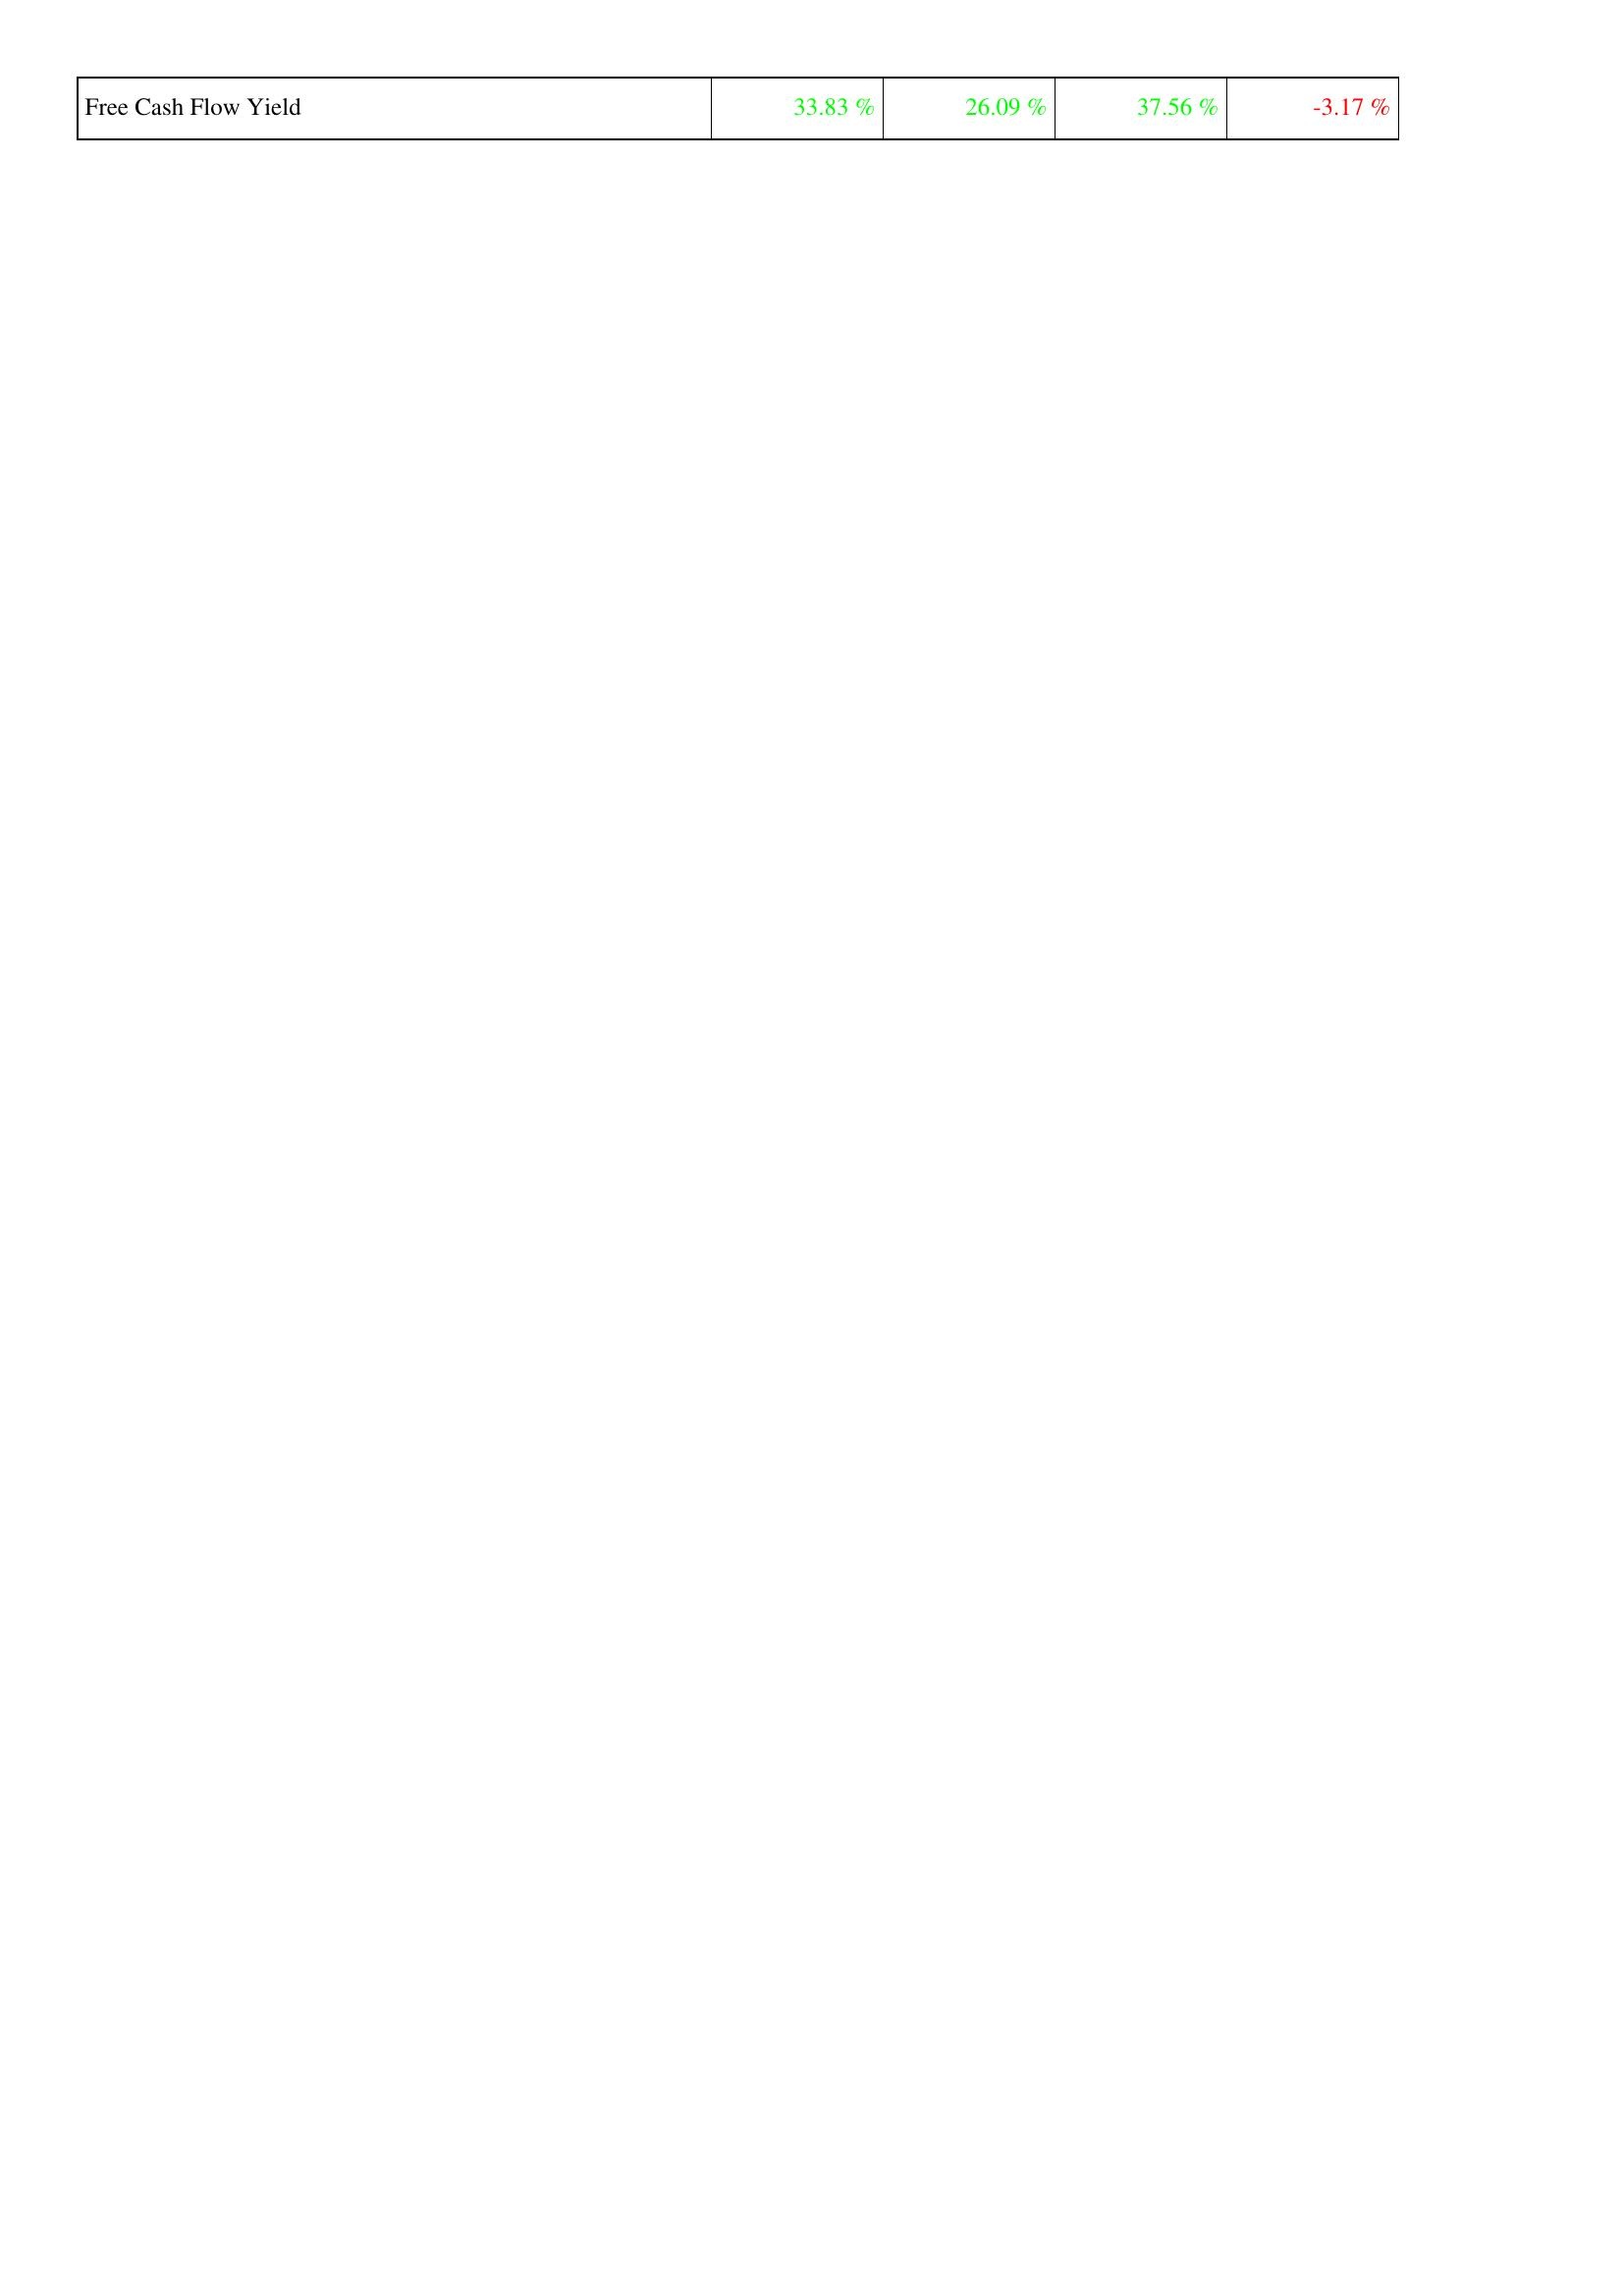
2016: Financing Activities: Free Cash Flow Yield: 33.83 %
2015: Financing Activities: Free Cash Flow Yield: 26.09 %
2014: Financing Activities: Free Cash Flow Yield: 37.56 %
2013: Financing Activities: Free Cash Flow Yield: -3.17 %